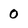
Character: 0